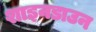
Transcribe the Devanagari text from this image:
शाइनडाउन